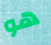
هو